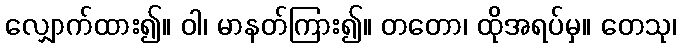
လျှောက်ထား၍။ ဝါ၊ မာနတ်ကြား၍။ တတော၊ ထိုအရပ်မှ။ တေသု၊